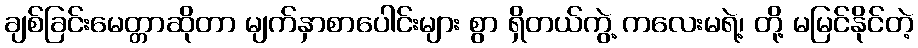
ချစ်ခြင်းမေတ္တာဆိုတာ မျက်နှာစာပေါင်းများ စွာ ရှိတယ်ကွဲ့ ကလေးမရဲ့၊ တို့ မမြင်နိုင်တဲ့